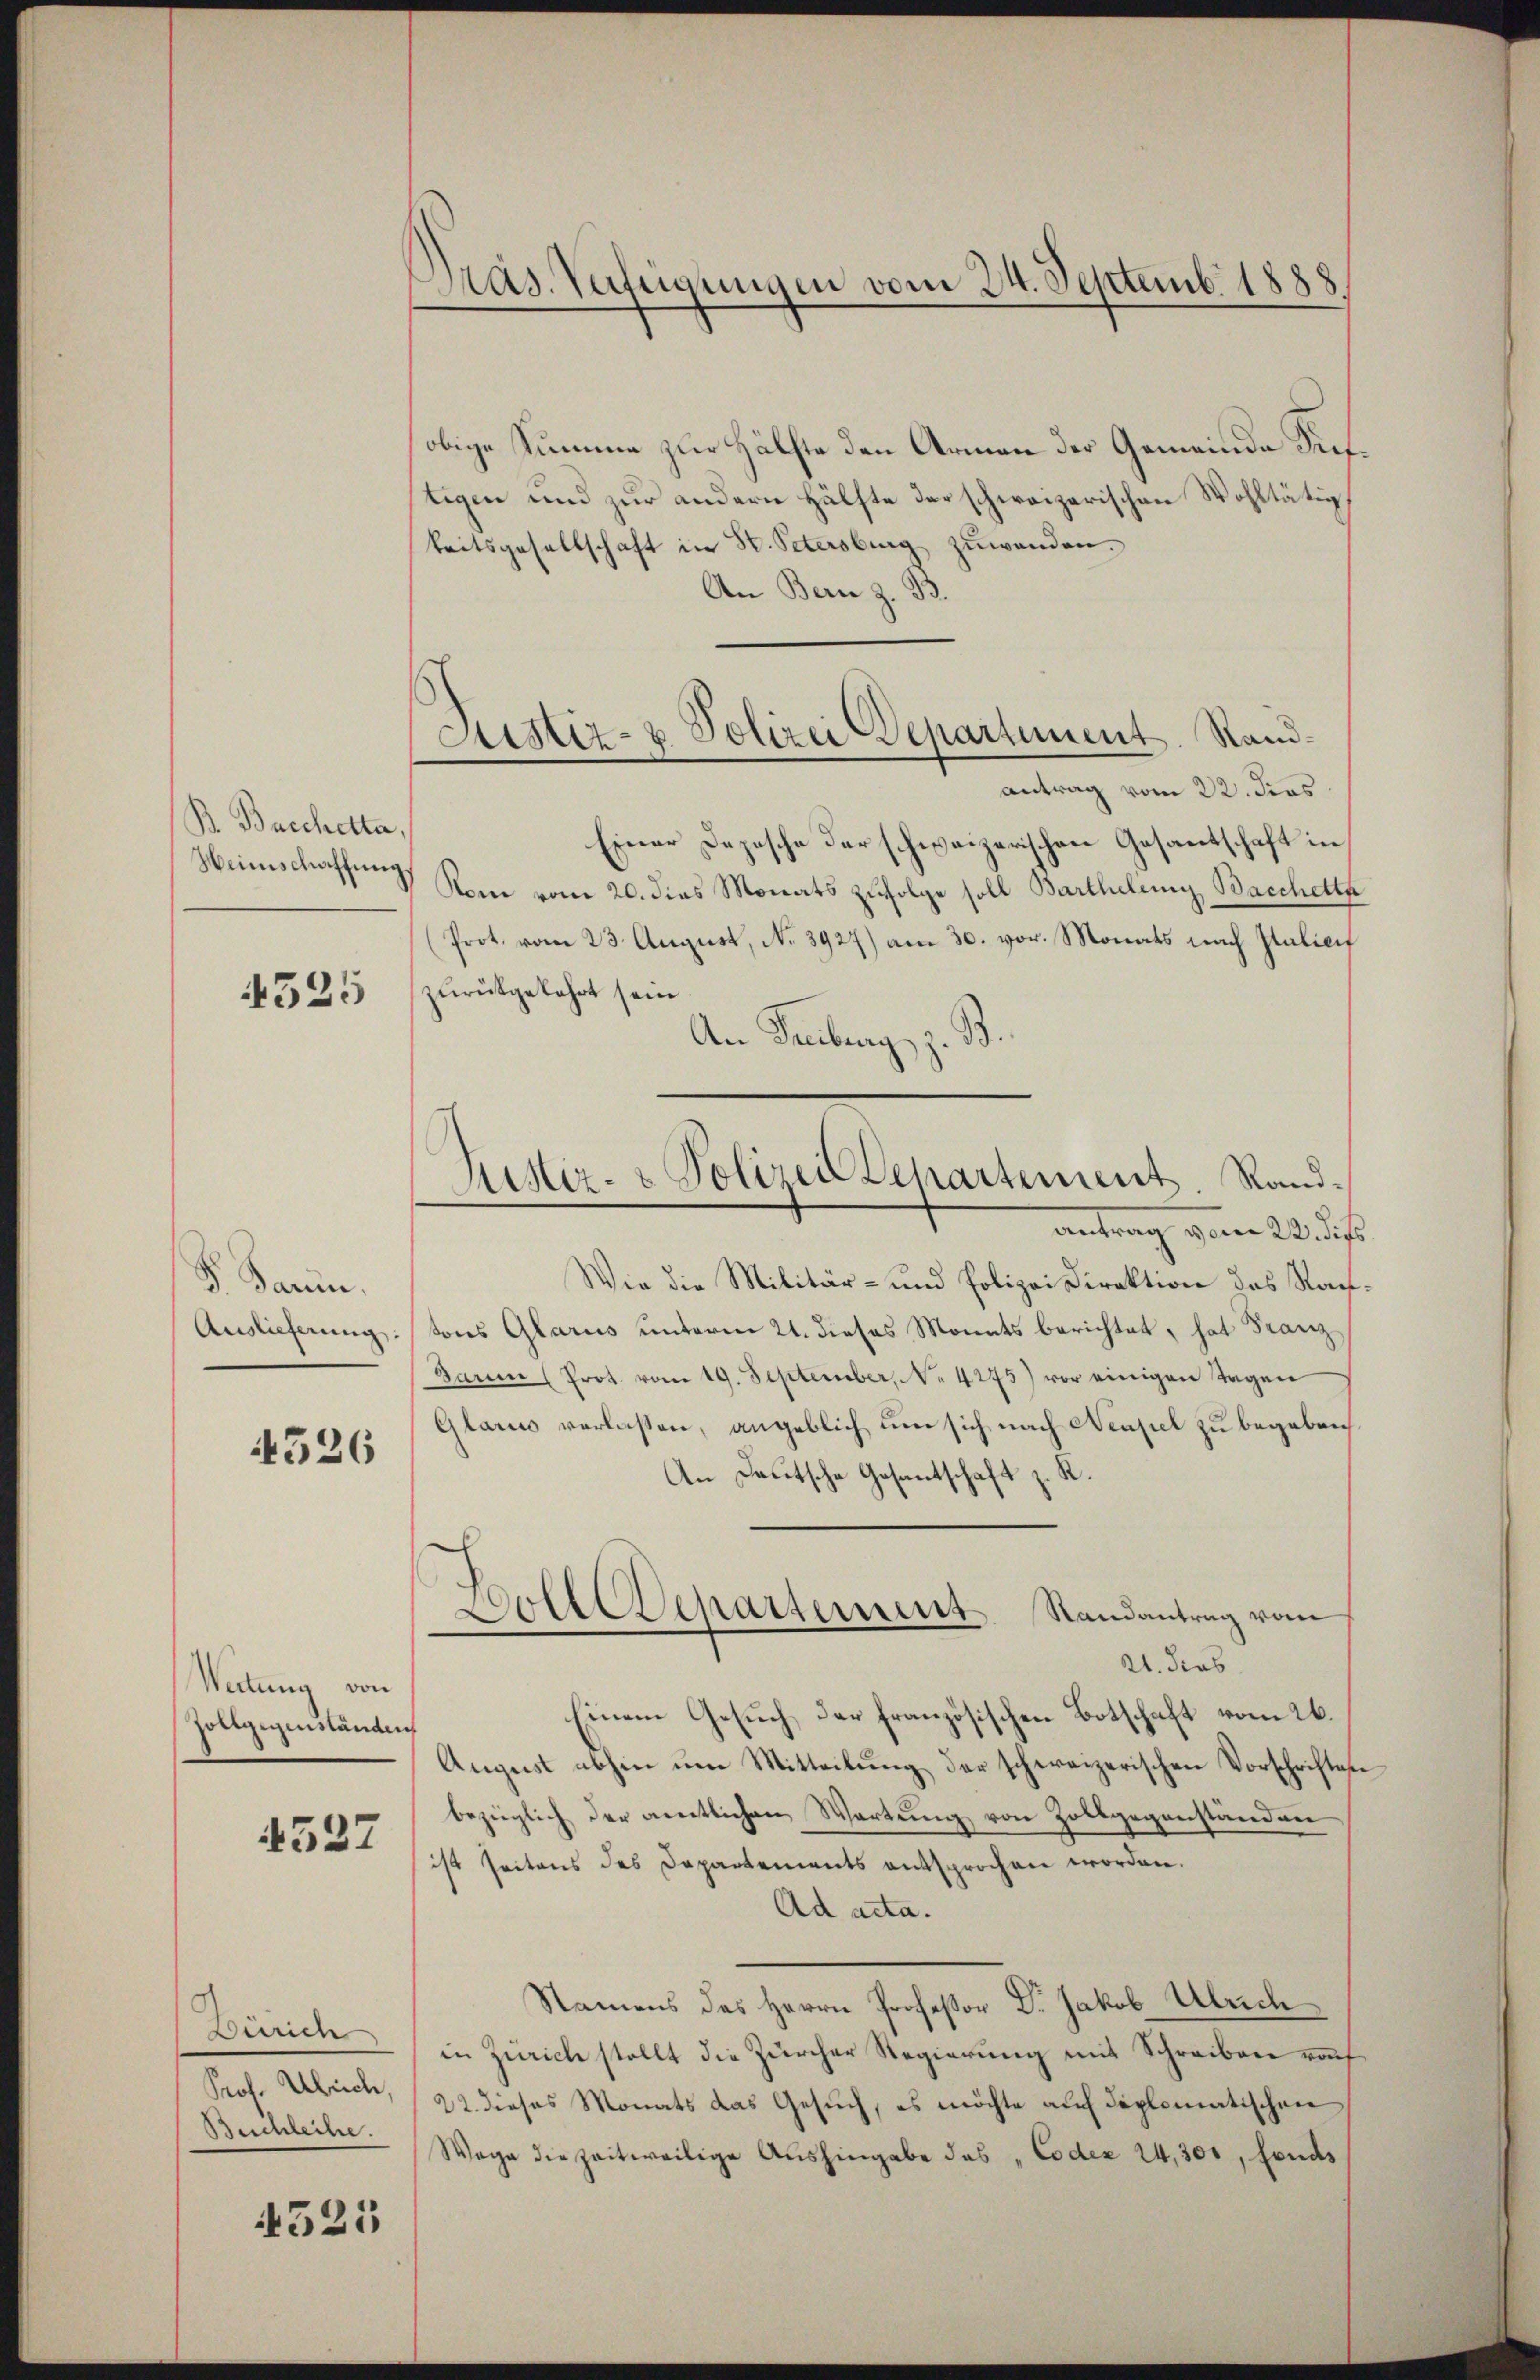
K. Bacchetta,
Heimschaffung

4325

F. Darin,
Auslieferung:

4526

Weitung von
Zollgegenständen

4527

Zürich
Prof. Ulrich,
Beschleihe.

4525

Präs. Verfügungen vom 24. Septemb. 1888.

Astiz- & Polizei Departement. Sand¬

obige Summe zur Hälfte den Armen der Gemeinde Sittigen und zur andern Hälfte der schweizerischen Wohltätig
keitsgesellschaft in St. Petersburg zuwenden.
An Bern z. B.
antrag vom 22. dies
Einer Depesche der schweizerischen Gesantschaft in
Rom vom 20. dies Monats zufolge soll Barthelung Bacchetta
Prot. vom 23. August, N. 3927) am 30. vor. Monats nach Italici
zurückgekehrt sein
An Freiburg z. B.
Wie die Militär- und Polizei Direktion des Rautons Glarus unterm 21. dieses Monats berichtet, hat Franz
Barm (Prot. vom 19. September, No 4275) vor einigen Tagen
Glarus verlassen, angeblich um sich nach Neapel zu begeben
An Deutsche Gesantschaft z. R.
Doll Departement Randantrag vom
—
21. dies
Einem Gesuch der französischen Botschaft vom 26.
August abhin um Mitteilung der schweizerischen Vorschriften
bezüglich der amtlichen Wartung von Zollgegenständen
ist seitens des Departements entsprochen worden.
Ad acta.
Namens des Herrn Professor Dr. Jakob Ulrich
in Zürich stellt die Zürcher Regierung mit Schreiben rof
22. dieses Monats das Gesuch, es möchte auf diplomatischen
Wage die zeitweilige Aushingabe das Codex 24,300, fonds

Justiz- & Polizei Departement, Randantrag vom 20. ds.